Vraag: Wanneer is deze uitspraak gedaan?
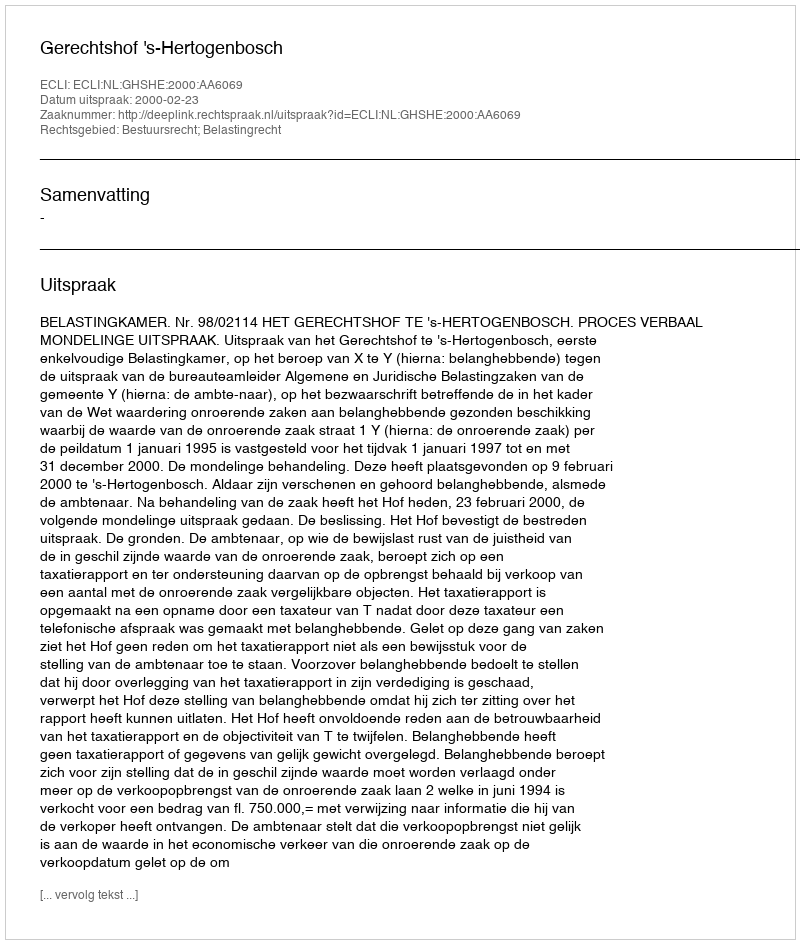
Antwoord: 2000-02-23